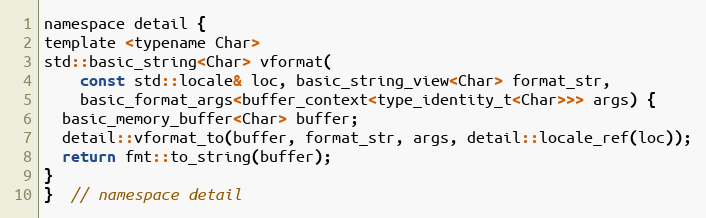
Language: C
namespace detail {
template <typename Char>
std::basic_string<Char> vformat(
    const std::locale& loc, basic_string_view<Char> format_str,
    basic_format_args<buffer_context<type_identity_t<Char>>> args) {
  basic_memory_buffer<Char> buffer;
  detail::vformat_to(buffer, format_str, args, detail::locale_ref(loc));
  return fmt::to_string(buffer);
}
}  // namespace detail